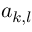
a _ { k , l }